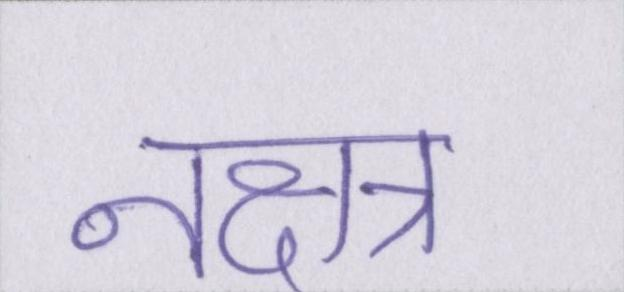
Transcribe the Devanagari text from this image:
नक्षत्र